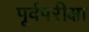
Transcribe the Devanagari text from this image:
पूर्वपरीक्षा